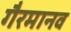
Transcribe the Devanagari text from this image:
गैरमानव